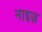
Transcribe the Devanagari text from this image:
नाइज़